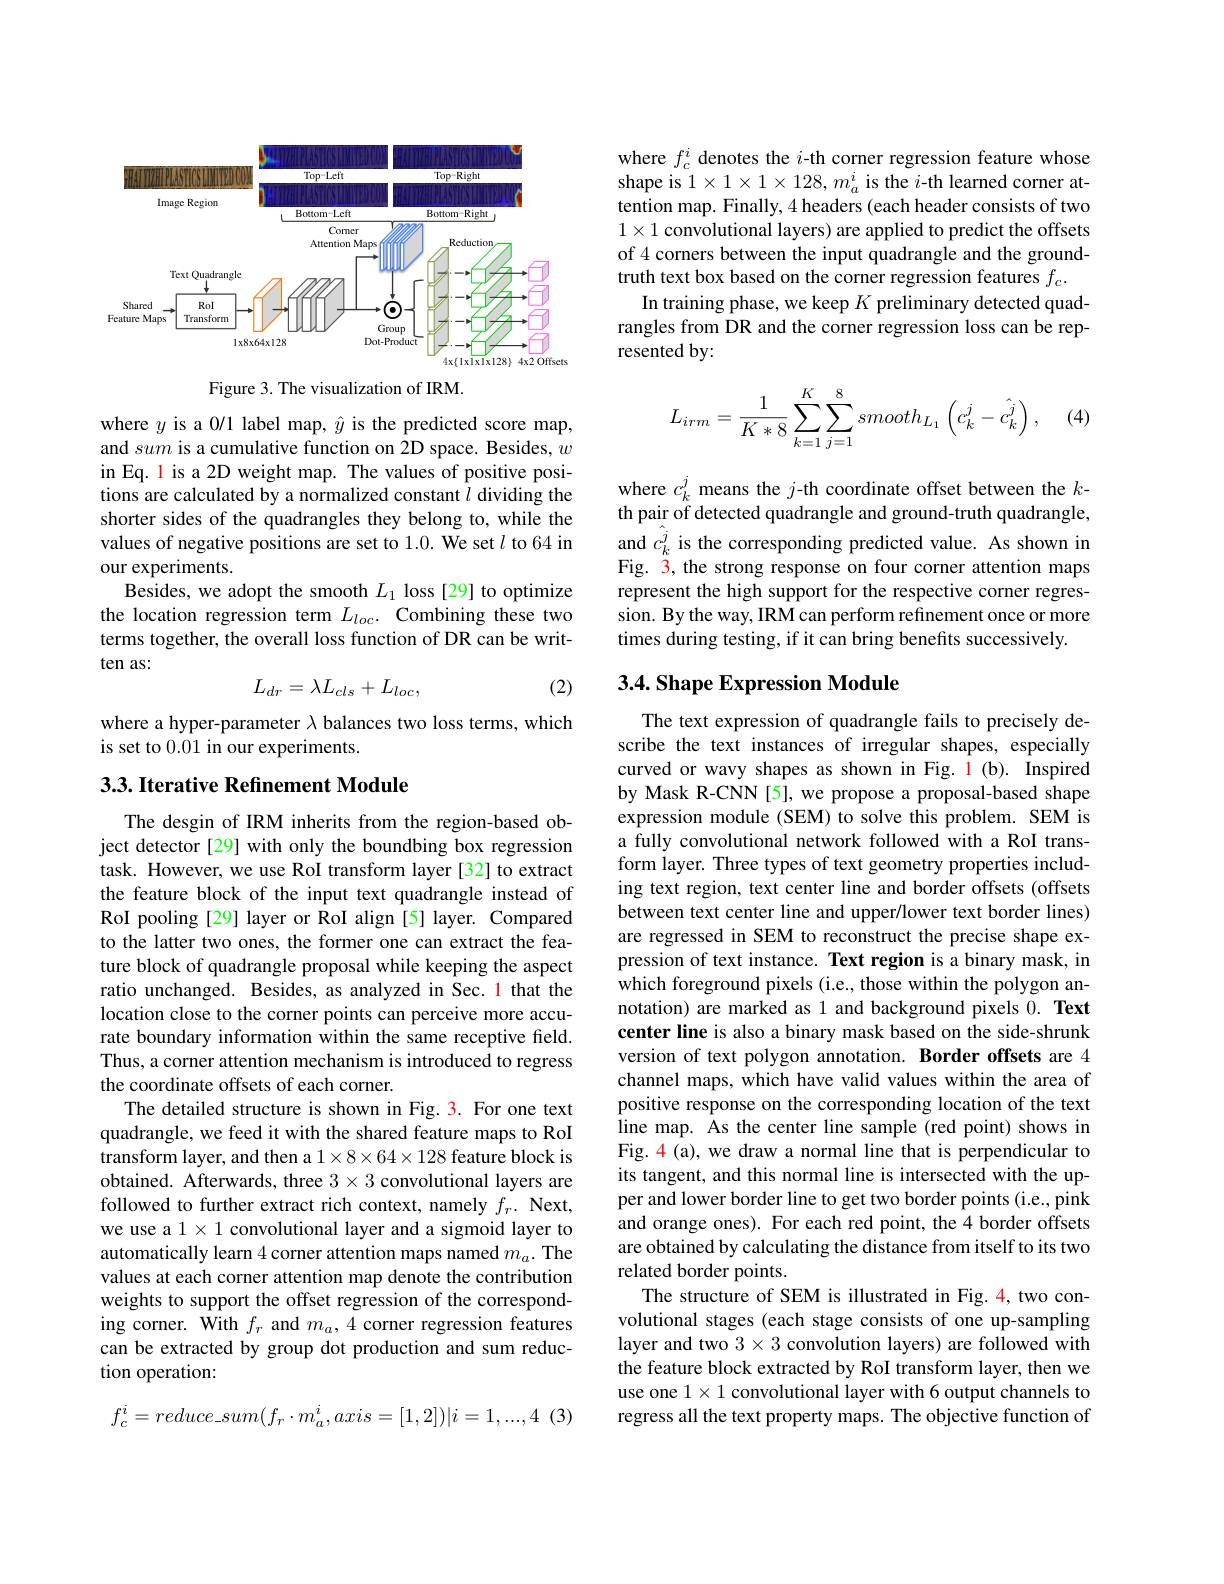
<FigureHere>

Figure 3. The visualization of IRM.

where $y$ is a 0/1 label map, $\hat{y}$ is the predicted score map, and sum is a cumulative function on 2D space. Besides, $w$ in Eq. l is a 2D weight map. The values of positive positions are calculated by a normalized constant $l$ dividing the shorter sides of the quadrangles they belong to, while the values of negative positions are set to 1.0. We set $l$ to 64 in our experiments.
Besides, we adopt the smooth $L_1$ loss [29] to optimize the location regression term $L_{loc}.$ Combining these two terms together, the overall loss function of DR can be written as:
(2)
$$L_{dr}=\lambda L_{cls}+L_{loc},$$
where a hyper-parameter $\lambda$ balances two loss terms, which
is set to 0.01 in our experiments.

## 3.3. Iterative Refinement Module

The desgin of IRM inherits from the region-based object detector [29] with only the boundbing box regression task. However, we use RoI transform layer[32] to extract the feature block of the input text quadrangle instead of RoI pooling [29] layer or RoI align [5] layer. Compared to the latter two ones, the former one can extract the feature block of quadrangle proposal while keeping the aspect ratio unchanged. Besides, as analyzed in Sec. 1 that the location close to the corner points can perceive more accurate boundary information within the same receptive field. Thus, a corner attention mechanism is introduced to regress the coordinate offsets of each corner.
The detailed structure is shown in Fig. 3. For one text quadrangle, we feed it with the shared feature maps to RoI transform layer, and then a $1\times8\times64\times128$ feature block is obtained. Afterwards, three $3\times3$ convolutional layers are followed to further extract rich context, namely $f_{r}.$ Next, we use a $1\times1$ convolutional layer and a sigmoid layer to automatically learn 4 corner attention maps named $m_a.$ The values at each corner attention map denote the contribution weights to support the offset regression of the corresponding corner. With $f_r$ and $m_a,4$ corner regression features can be extracted by group dot production and sum reduction operation:
$$f_{c}^{i}=reduce_sum(f_{r}\cdot m_{a}^{i},axis=[1,2])|i=1,...,4$$
where $f_c^i$ denotes the $i$-th corner regression feature whose shape is $1\times1\times1\times128,m_{a}^{i}$ is the $i$-th learned corner attention map. Finally, 4 headers (each header consists of two $1\times1$ convolutional layers) are applied to predict the offsets of 4 corners between the input quadrangle and the groundtruth text box based on the corner regression features $f_c.$
In training phase, we keep $K$ preliminary detected quadrangles from DR and the corner regression loss can be represented by:

(4)
$$\begin{aligned}L_{irm}=\frac{1}{K*8}\sum_{k=1}^{K}\sum_{j=1}^{8}smooth_{L_{1}}\left(c_{k}^{j}-\hat{c_{k}^{j}}\right),\end{aligned}$$
where $c_k^j$ means the $j$-th coordinate offset between the $k$ th pair of detected quadrangle and ground-truth quadrangle, and $\hat{c}_k^j$ is the corresponding predicted value. As shown in Fig. 3, the strong response on four corner attention maps represent the high support for the respective corner regression. By the way, IRM can perform refinement once or more times during testing, if it can bring benefits successively.

### 3.4. Shape Expression Module

The text expression of quadrangle fails to precisely describe the text instances of irregular shapes, especially curved or wavy shapes as shown in Fig. 1(b). Inspired by Mask R-CNN[5], we propose a proposal-based shape expression module (SEM) to solve this problem. SEM is a fully convolutional network followed with a RoI transform layer. Three types of text geometry properties including text region, text center line and border offsets (offsets between text center line and upper/lower text border lines) are regressed in SEM to reconstruct the precise shape expression of text instance. Text region is a binary mask, in which foreground pixels (i.e., those within the polygon annotation) are marked as 1 and background pixels 0. Text center line is also a binary mask based on the side-shrunk version of text polygon annotation. Border offsets are 4 channel maps, which have valid values within the area of positive response on the corresponding location of the text line map. As the center line sample (red point) shows in Fig. 4 (a), we draw a normal line that is perpendicular to its tangent, and this normal line is intersected with the upper and lower border line to get two border points (i.e., pink and orange ones). For each red point, the 4 border offsets are obtained by calculating the distance from itself to its two related border points.
The structure of SEM is illustrated in Fig.4, two convolutional stages (each stage consists of one up-sampling layer and two $3\times3$ convolution layers) are followed with the feature block extracted by RoI transform layer, then we use one $1\times1$ convolutional layer with 6 output channels to regress all the text property maps. The objective function of